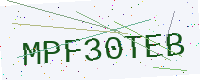
Text: MPF30TEB